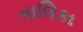
તાલિકા